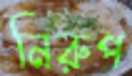
নিরুপ